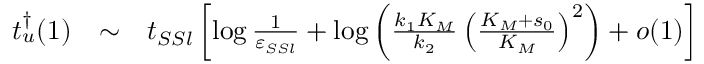
\begin{array} { r c l } { t _ { u } ^ { \dagger } ( 1 ) } & { \sim } & { t _ { S S l } \left[ \log \frac { 1 } { \varepsilon _ { S S l } } + \log \left( \frac { k _ { 1 } K _ { M } } { k _ { 2 } } \left( \frac { K _ { M } + s _ { 0 } } { K _ { M } } \right) ^ { 2 } \right) + o ( 1 ) \right] } \end{array}